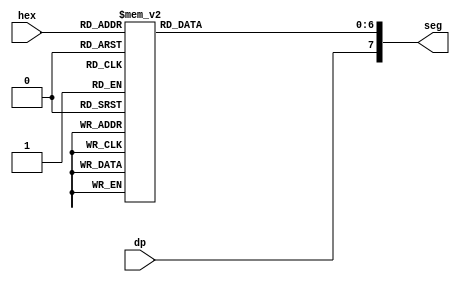
module hex_seg (
    input  wire [3:0] hex,
    input  wire       dp,
    output reg  [7:0] seg
);

    always @(*) begin
        case(hex)
            4'h0 : seg[6:0] = 7'h3f;
            4'h1 : seg[6:0] = 7'h06;
            4'h2 : seg[6:0] = 7'h5b;
            4'h3 : seg[6:0] = 7'h4f;
            4'h4 : seg[6:0] = 7'h66;
            4'h5 : seg[6:0] = 7'h6d;
            4'h6 : seg[6:0] = 7'h7d;
            4'h7 : seg[6:0] = 7'h07;
            4'h8 : seg[6:0] = 7'h7f;
            4'h9 : seg[6:0] = 7'h6f;
            4'ha : seg[6:0] = 7'h77;
            4'hb : seg[6:0] = 7'h7c;
            4'hc : seg[6:0] = 7'h39;
            4'hd : seg[6:0] = 7'h5e;
            4'he : seg[6:0] = 7'h79;
            4'hf : seg[6:0] = 7'h71;
            default : seg[6:0] = 7'h7f;
        endcase
        seg[7] = dp;
    end

endmodule